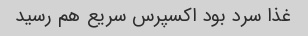
غذا سرد بود اکسپرس سریع هم رسید